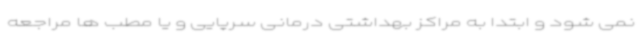
نمی شود و ابتدا به مراکز بهداشتی درمانی سرپایی و یا مطب ها مراجعه